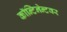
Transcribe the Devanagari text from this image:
कॉन्टिनेन्टवर